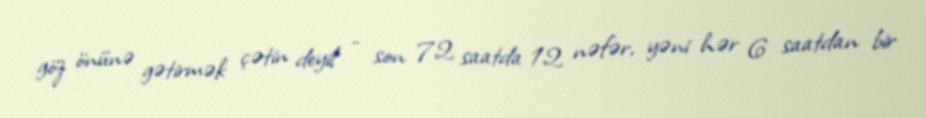
göz önünə gətirmək çətin deyil - son 72 saatda 12 nəfər, yəni hər 6 saatdan bir